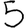
Digit: 5